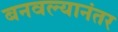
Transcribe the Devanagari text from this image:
बनवल्यानंतर